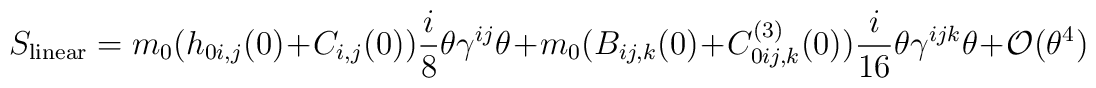
S_{{\rm linear}} =  m_0 (h_{0i,j}(0) +C_{i,j}(0)) {i  \over 8} \theta \gamma^{ij} \theta + m_0 (B_{ij,k}(0) + C^{(3)}_{0ij,k}(0)) {i \over 16} \theta \gamma^{ijk} \theta +{\cal O} (\theta^4)